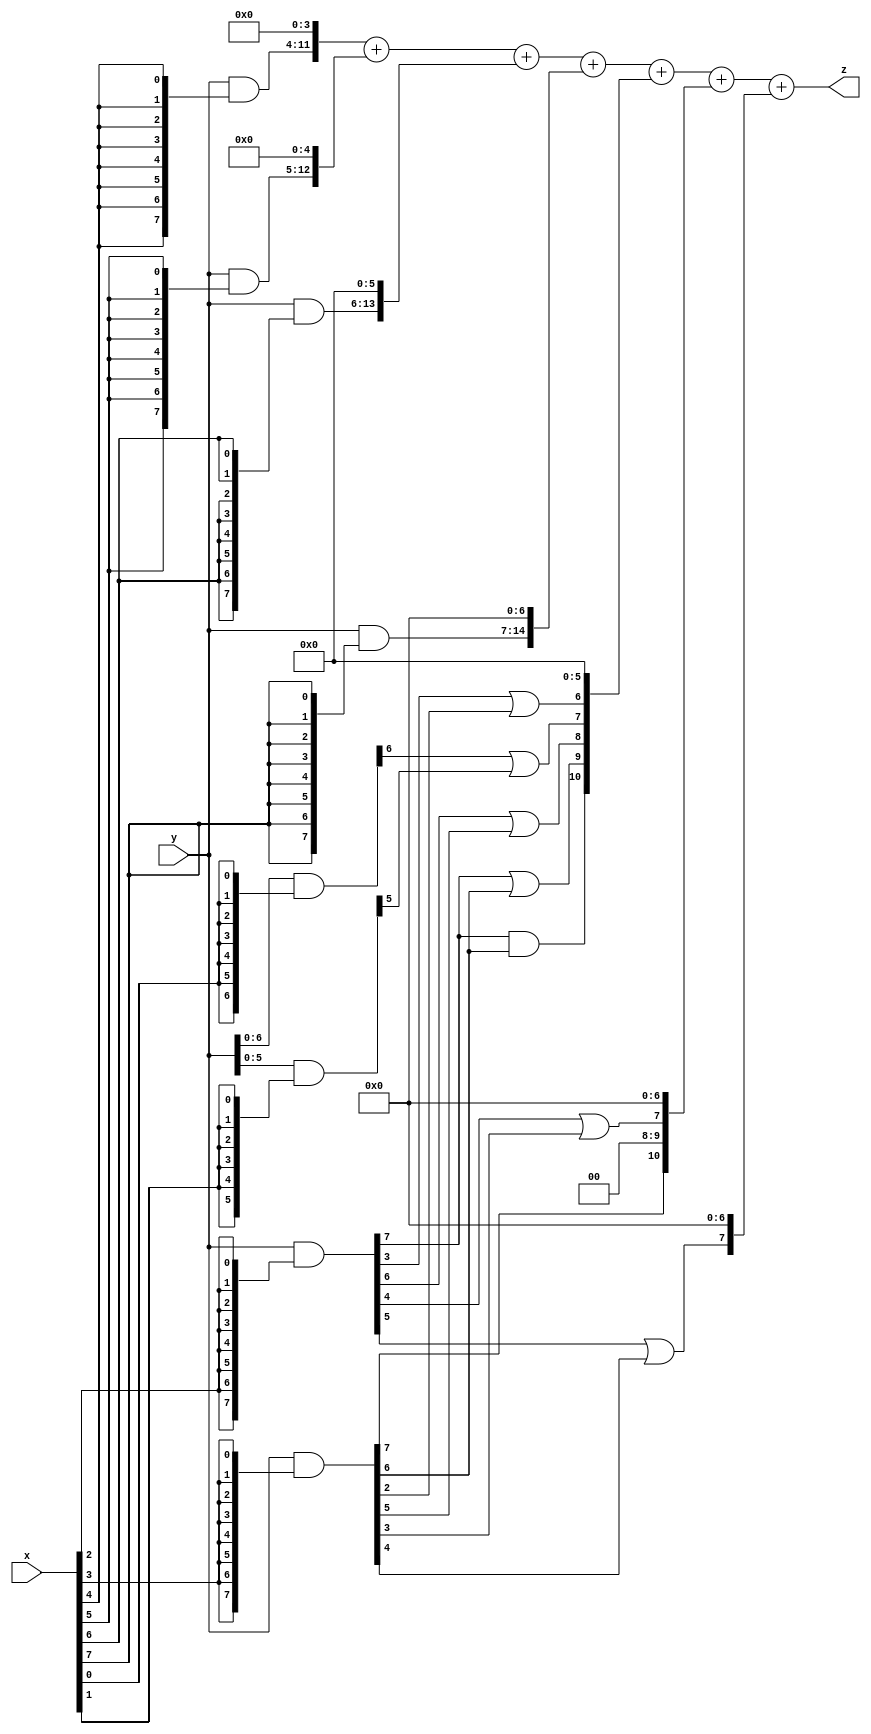
module AlexNet_XWYF_19 (
    input  [7:0]  x,
    input  [7:0]  y,
    output [15:0] z
);


wire [7:0] part1 =  y & {8{x[0]}};
wire [7:0] part2 = (y & {8{x[1]}});
wire [7:0] part3 = (y & {8{x[2]}});
wire [7:0] part4 = (y & {8{x[3]}});

wire [7:0] part5 = (y & {8{x[4]}});
wire [7:0] part6 = (y & {8{x[5]}});
wire [7:0] part7 = (y & {8{x[6]}});
wire [7:0] part8 = (y & {8{x[7]}});

wire [10:0] new_part1;
wire [10:0] new_part2;
wire [10:0] new_part3;

assign new_part1[0] = 0;
assign new_part1[1] = 0;
assign new_part1[2] = 0;
assign new_part1[3] = 0;
assign new_part1[4] = 0;
assign new_part1[5] = 0;
assign new_part1[6] = part3[3]|part4[2];
assign new_part1[7] = part1[6]|part2[5];
assign new_part1[8] = part3[6]|part4[5];
assign new_part1[9] = part3[7]|part4[6];
assign new_part1[10] = part3[7]&part4[6];

assign new_part2[0] = 0;
assign new_part2[1] = 0;
assign new_part2[2] = 0;
assign new_part2[3] = 0;
assign new_part2[4] = 0;
assign new_part2[5] = 0;
assign new_part2[6] = 0;
assign new_part2[7] = part3[4]|part4[3];
assign new_part2[8] = 0;
assign new_part2[9] = 0;
assign new_part2[10] = part4[7];

assign new_part3[0] = 0;
assign new_part3[1] = 0;
assign new_part3[2] = 0;
assign new_part3[3] = 0;
assign new_part3[4] = 0;
assign new_part3[5] = 0;
assign new_part3[6] = 0;
assign new_part3[7] = part3[5]|part4[4];
assign new_part3[8] = 0;
assign new_part3[9] = 0;
assign new_part3[10] = 0;

assign z = {part5, 4'b0} + {part6, 5'b0} + {part7, 6'b0} + {part8, 7'b0} + new_part1 + new_part2 + new_part3;

endmodule